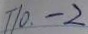
T 1 0 . - 2